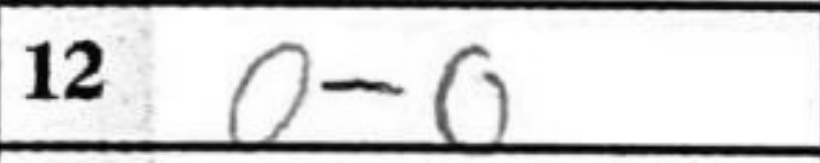
Transcription: O-O